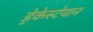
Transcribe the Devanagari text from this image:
ड्रेकेस्टेयान